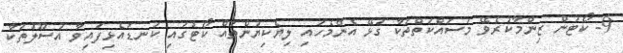
9- ކޯޓުން ޒިންމާކުރެވޭ މަސައްކަތްތަކާ ގުޅޭ އެންމެހައި ލިޔެކިޔުންތައް ކޯޓުގައި ކަނޑައެޅިފައިވާ އުސޫލުތަކާ